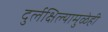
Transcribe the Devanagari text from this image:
दुर्लक्षिल्यामुळेही